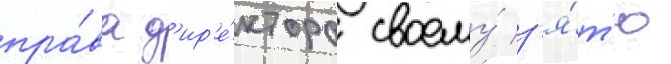
пра́ва д'ир'е́ктора своему́ з'я́т'ю